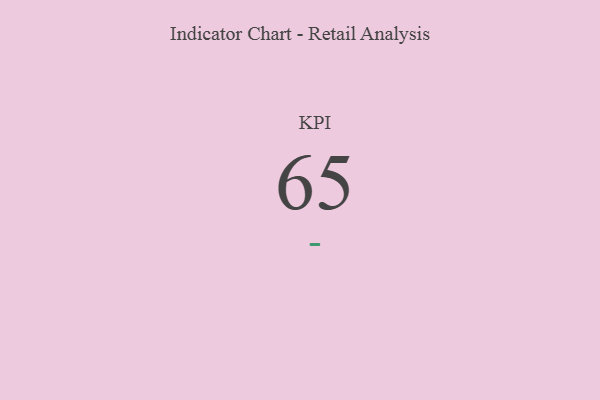
{"axis": {"x": "KPI", "y": "Value"}, "legend": [""], "data": [{"x": "KPI", "y": 65, "type": ""}]}